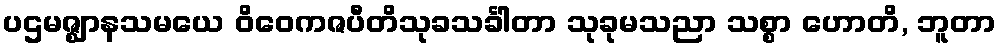
ပဌမဇ္ဈာနသမယေ ဝိဝေကဇပီတိသုခသင်္ခါတာ သုခုမသညာ သစ္စာ ဟောတိ, ဘူတာ